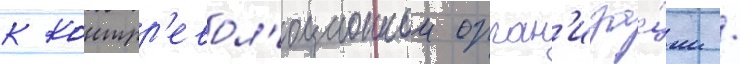
к контрр'евол'юционнои орган'иза́ции /